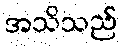
အသိသည်